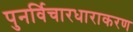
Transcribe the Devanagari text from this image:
पुनर्विचारधाराकरण